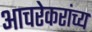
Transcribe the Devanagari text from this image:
आचरेकरांच्य